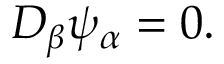
D _ { \beta } \psi _ { \alpha } = 0 .